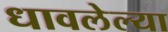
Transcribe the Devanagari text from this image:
धावलेल्या